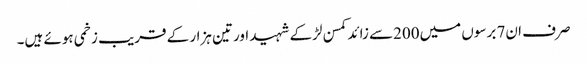
صرف ان7 برسوں میں200سے زائد کمسن لڑکے شہید اورتین ہزار کے قریب زخمی ہوئے ہیں۔